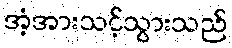
အံ့အားသင့်သွားသည်